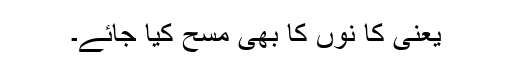
یعنی کا نوں کا بھی مسح کیا جائے۔